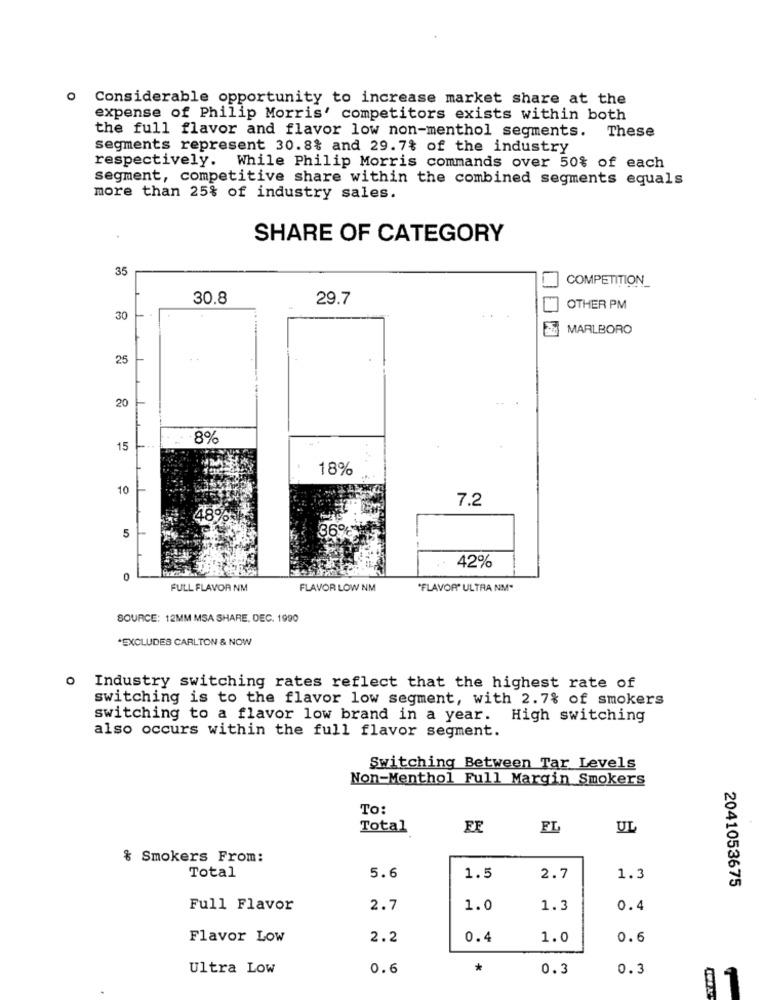
o Considerable opportunity to increase market share at the
expense of Philip Morris' competitors exists within both
the full flavor and flavor low non-menthol segments.
These
segments represent 30.8% and 29.7% of the industry
respectively. While Philip Morris commands over 50% of each
segment, competitive share within the combined segments equals
more than 25% of industry sales.
SHARE OF CATEGORY
35
COMPETITION_
30.8
29.7
OTHER PM
30
MARLBORO
25
..
20
8%
15
18%
10
7.2
5
42%
0
FULL FLAVOR NM
FLAVOR LOW NM
"FLAVOR" ULTRA NM"
SOURCE: 12MM MSA SHARE, DEC. 1990
*EXCLUDES CARLTON & NOW
o Industry switching rates reflect that the highest rate of
switching is to the flavor low segment, with 2.7% of smokers
switching to a flavor low brand in a year. High switching
also occurs within the full flavor segment.
Switching Between Tar Levels
Non-Menthol Full Margin Smokers
To:
Total
FL
UL
& Smokers From:
1.5
Total
5.6
2.7
1.3
2041053675
Full Flavor
2.7
1.0
1.3
0.4
Flavor Low
2.2
0.4
1.0
0.6
Ultra Low
0.6
*
0.3
0.3
01